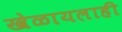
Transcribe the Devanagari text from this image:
खेळायलाही